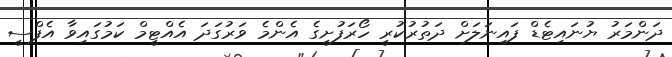
ދަންމަރު ޔުނައިޓެޑް ފައިނަލަށް ދަތުރުކުރީ ހޯރަފުށީގެ އެންމެ ވަރުގަދަ އެއްޓީމް ކަމުގައިވާ އެފްސީ